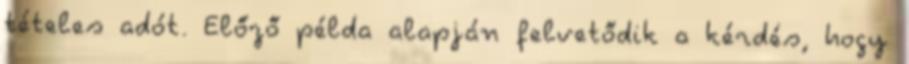
tételes adót. Előző példa alapján felvetődik a kérdés, hogy